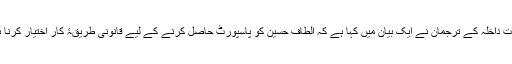
وزارتِ داخلہ کے ترجمان نے ایک بیان میں کہا ہے کہ الطاف حسین کو پاسپورٹ حاصل کرنے کے لیے قانونی طریقۂ کار اختیار کرنا ہو گا۔